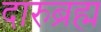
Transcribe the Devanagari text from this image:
दारुब्रह्म